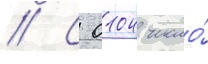
// С 0104 число́